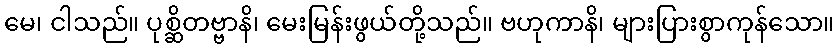
မေ၊ ငါသည်။ ပုစ္ဆိတဗ္ဗာနိ၊ မေးမြန်းဖွယ်တို့သည်။ ဗဟုကာနိ၊ များပြားစွာကုန်သော။